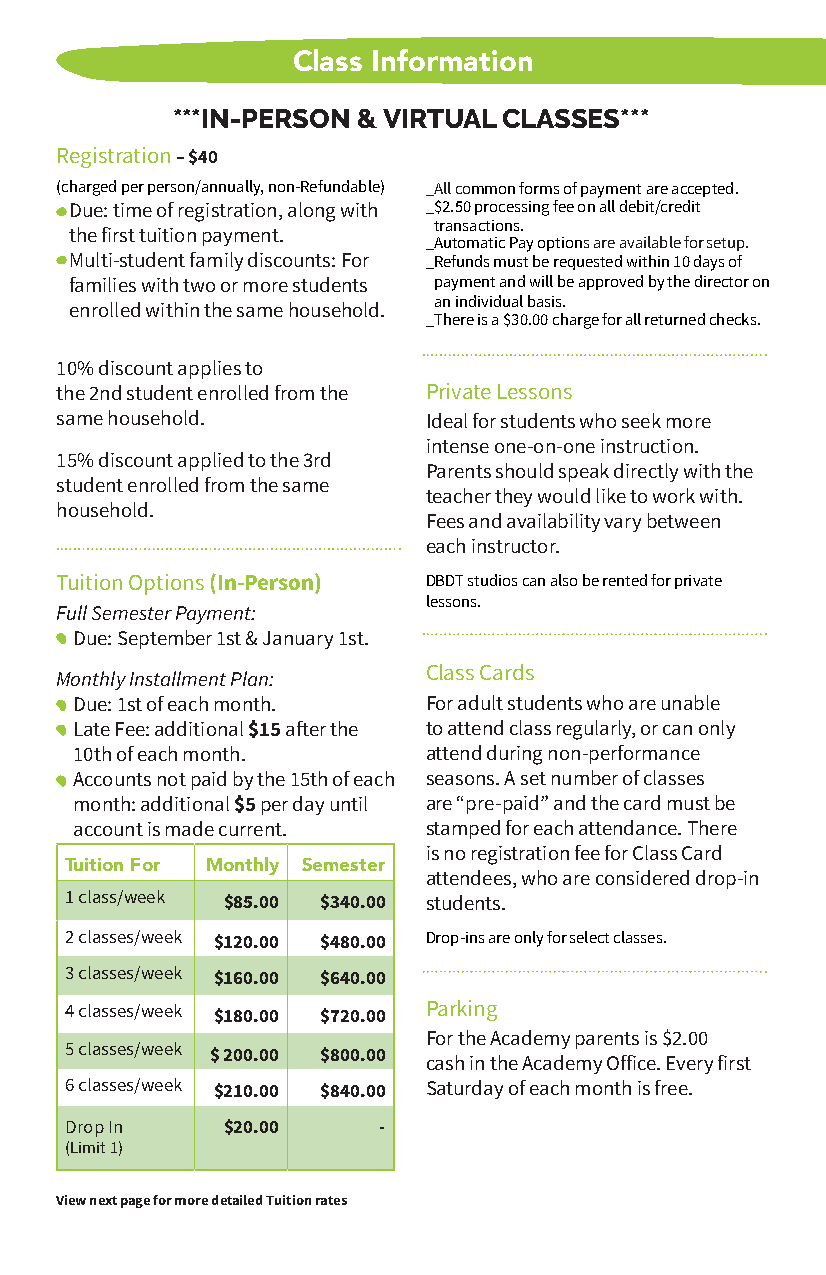
Class Information
 ***IN-PERSON & VIRTUAL CLASSES***
 Registration – $40
 (charged per person/annually, non-Refundable) _All common forms of payment are accepted.
 Due: time of registration, along with _ $2.50 processing fee on all debit/credit
 transactions.
 the first tuition payment.
 _Automatic Pay options are available for setup.
 Multi-student family discounts: For _ Refunds must be requested within 10 days of
 families with two or more students payment and will be approved by the director on
 an individual basis.
 enrolled within the same household.
 _There is a $30.00 charge for all returned checks.
 10% discount applies to
 the 2nd student enrolled from the Private Lessons
 same household.         Ideal for students who seek more
 intense one-on-one instruction.
 15% discount applied to the 3rd
 Parents should speak directly with the
 student enrolled from the same
 teacher they would like to work with.
 household.
 Fees and availability vary between
 each instructor.
 Tuition Options (In-Person) DBDT studios can also be rented for private
 lessons.
 Full Semester Payment:
 Due: September 1st & January 1st.
 Class Cards
 Monthly Installment Plan:
 Due: 1st of each month. For adult students who are unable
 Late Fee: additional $15 after the to attend class regularly, or can only
 10th of each month.    attend during non-performance
 Accounts not paid by the 15th of each seasons. A set number of classes
 month: additional $5 per day until are “pre-paid” and the card must be
 account is made current. stamped for each attendance. There
 is no registration fee for Class Card
 Tuition For Monthly Semester
 attendees, who are considered drop-in
 1 class/week $85.00 $340.00 students.
 2 classes/week $120.00 $480.00 Drop-ins are only for select classes.
 3 classes/week $160.00 $640.00
 4 classes/week $180.00 $720.00 Parking
 For the Academy parents is $2.00
 5 classes/week $ 200.00 $800.00 cash in the Academy Office. Every first
 6 classes/week $210.00 $840.00 Saturday of each month is free.
 Drop In    $20.00    -
 (Limit 1)
 View next page for more detailed Tuition rates